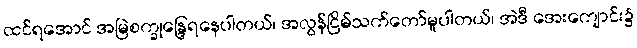
ထင်ရအောင် အမြဲစက္ခုန္ဒြေရနေပါတယ်၊ အလွန်ငြိမ်သက်တော်မူပါတယ်၊ အဲဒီ အေးကျောင်း၌